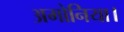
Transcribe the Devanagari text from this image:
अमोनिया।